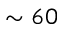
\sim 6 0